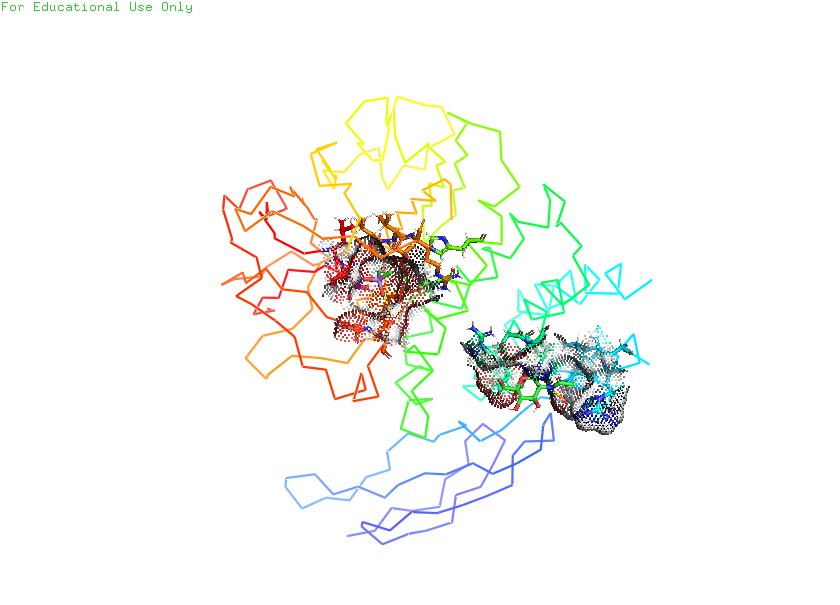
pymol, preset, ligand_sites_dots